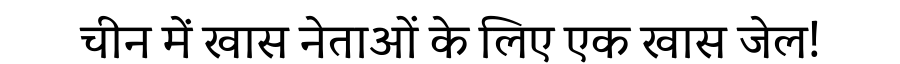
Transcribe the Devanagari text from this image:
चीन में खास नेताओं के लिए एक खास जेल!